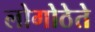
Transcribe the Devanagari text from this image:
लोगोठेते